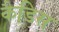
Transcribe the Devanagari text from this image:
कैडिस